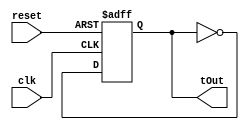
module TFlipFlop(reset, clk, tOut);
	input reset, clk;
	output tOut;
	reg tOut = 0;
	
	always @(posedge clk or posedge reset) begin
		if (reset)
			tOut <= 0;
		else 
			tOut <= ~tOut;
	end
endmodule